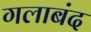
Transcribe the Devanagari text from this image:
गलाबंद